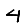
Digit: 4